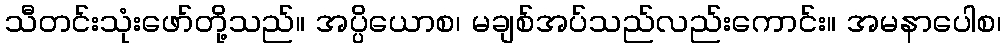
သီတင်းသုံးဖော်တို့သည်။ အပ္ပိယောစ၊ မချစ်အပ်သည်လည်းကောင်း။ အမနာပေါစ၊